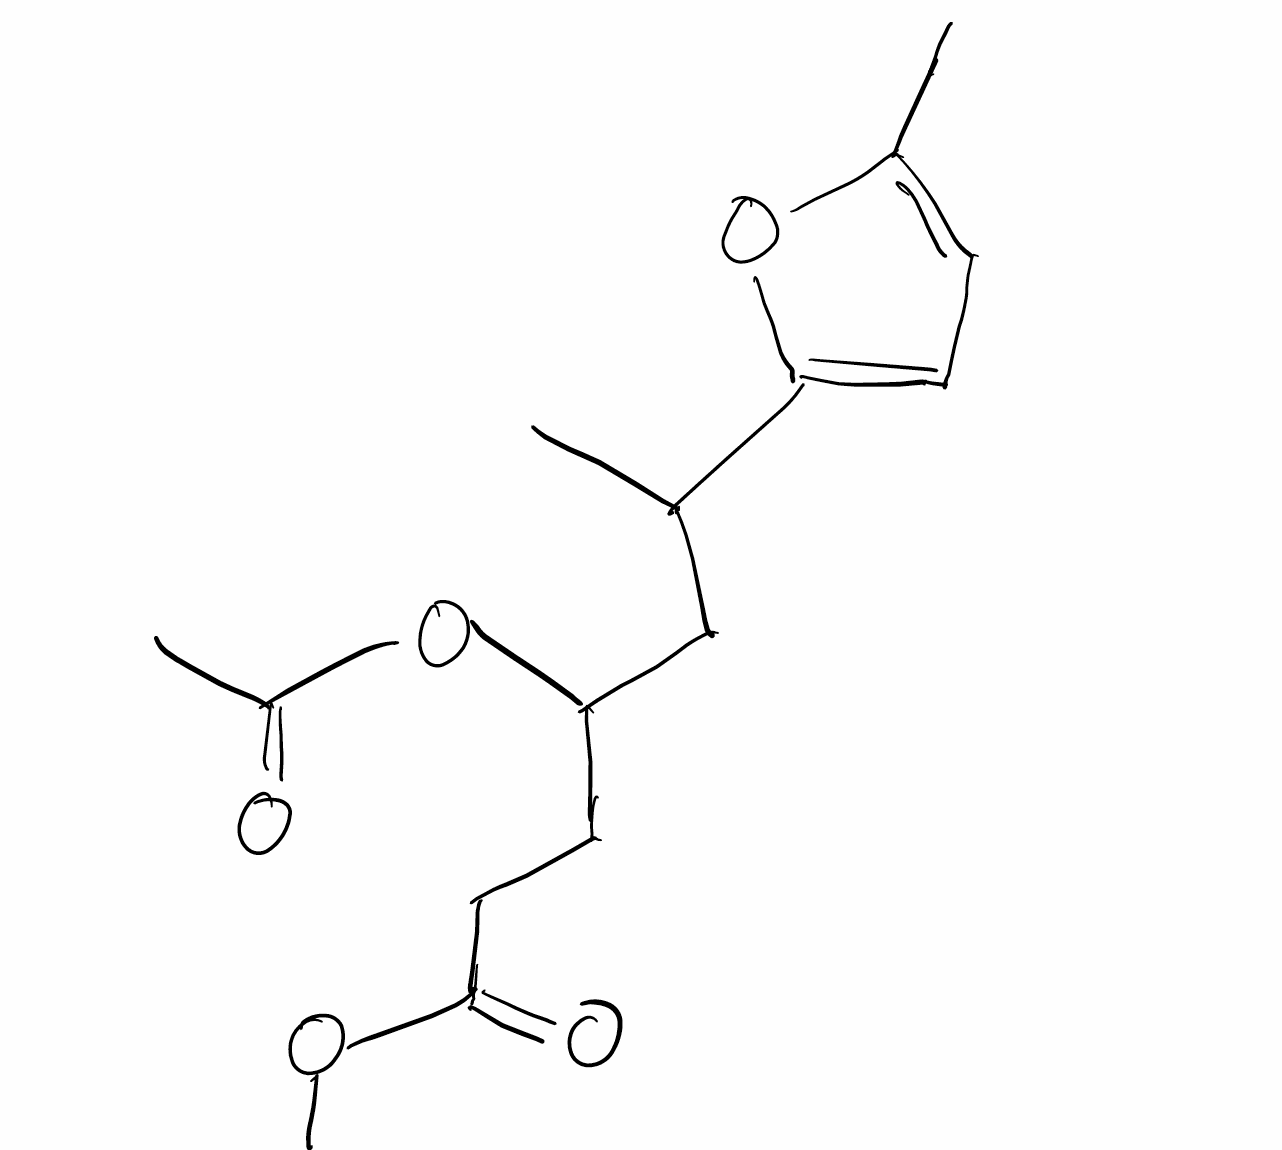
Simplified molecular-input line-entry system (SMILES) notation of the given molecule:
CC1=CC=C(O1)C(C)/C=C(/C=C/C(=O)OC)\OC(=O)C